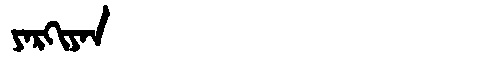
Manchu: ᠶᠠᡵᡴᡳᠶᠠᠨ
Romanization: YARKIYAN